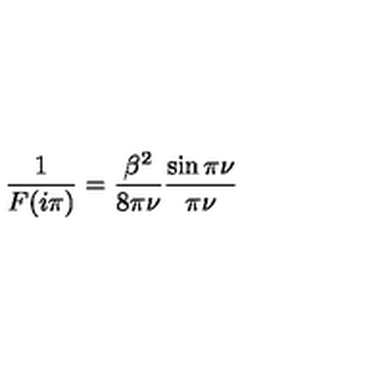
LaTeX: \frac { 1 } { F ( i \pi ) } = \frac { \beta ^ { 2 } } { 8 \pi \nu } \frac { \sin \pi \nu } { \pi \nu }